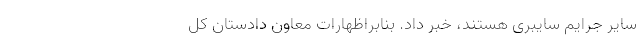
سایر جرایم سایبری هستند،‌ خبر داد. بنابراظهارات معاون دادستان کل